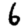
Digit: 6